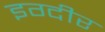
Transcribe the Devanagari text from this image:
इग्दीर